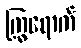
ကြွရောက်